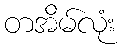
တအိမ်လုံး